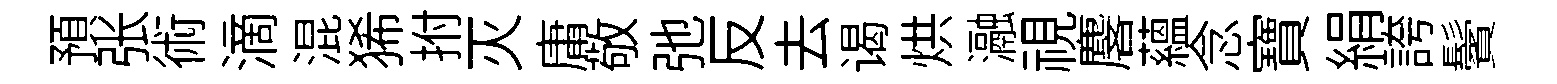
預张術滴混狶拊灭庸敬弛反去谒烘瀜視麐藴念寶絹誇鬢